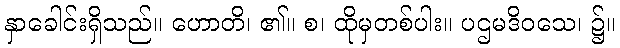
နှာခေါင်းရှိသည်။ ဟောတိ၊ ၏။ စ၊ ထိုမှတစ်ပါး။ ပဌမဒိဝသေ၊ ၌။